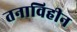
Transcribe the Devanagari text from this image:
तनाविहीन